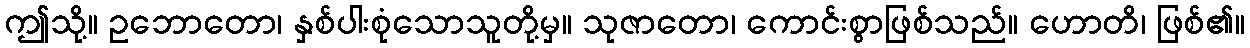
ဤသို့။ ဥဘောတော၊ နှစ်ပါးစုံသောသူတို့မှ။ သုဇာတော၊ ကောင်းစွာဖြစ်သည်။ ဟောတိ၊ ဖြစ်၏။